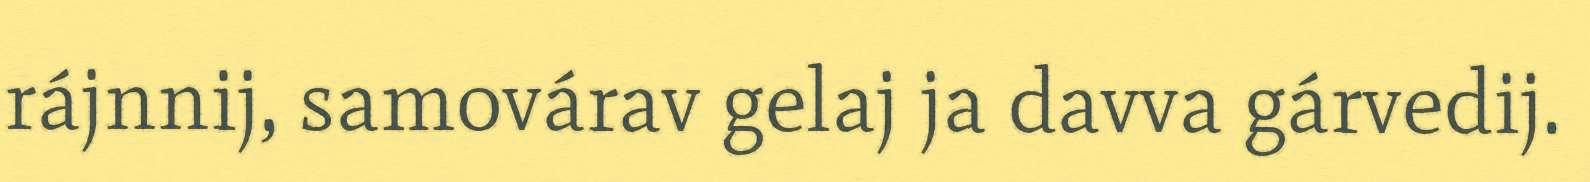
rájnnij, samovárav gelaj ja davva gárvedij.